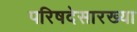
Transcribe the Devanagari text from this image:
परिषदेसारख्या